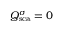
Q _ { \mathrm { { s c a } } } ^ { \sigma } = 0